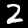
Label: 2